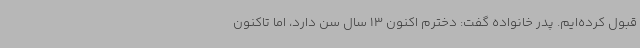
قبول کرده‌ایم. پدر خانواده گفت: دخترم اکنون 13 سال سن دارد، اما تاکنون